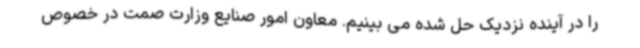
را در آینده نزدیک حل شده می بینیم. معاون امور صنایع وزارت صمت در خصوص